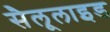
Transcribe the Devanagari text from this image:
सैलूलाइड